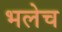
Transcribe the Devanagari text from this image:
भलेच